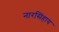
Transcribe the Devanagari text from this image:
नारसिंहाय